Calcutta medical institutions reports 1871-78
Year: 1871
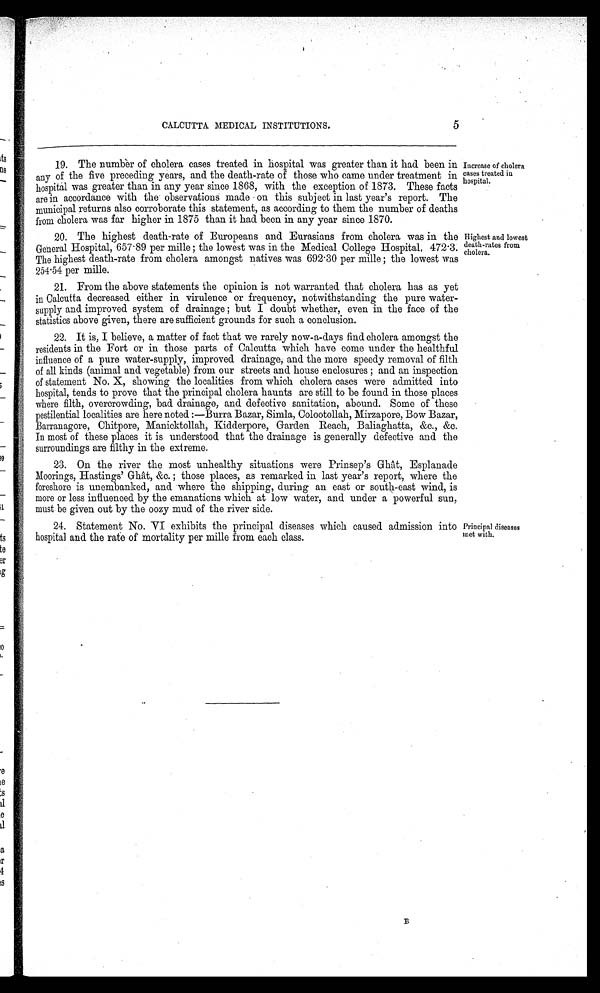
CALCUTTA MEDICAL INSTITUTIONS. 5
19. The number of cholera cases treated in hospital was greater than it had been in
any of the five preceding years, and the death-rate of those who came under treatment in
hospital was greater than in any year since 1868, with the exception of 1873. These facts
are in accordance with the observations made on this subject in last year's report. The
municipal returns also corroborate this statement, as according to them the number of deaths
from cholera was far higher in 1875 than it had been in any year since 1870.
20. The highest death-rate of Europeans and Eurasians from cholera was in the
General Hospital, 657.89 per mille; the lowest was in the Medical College Hospital, 472.3.
The highest death-rate from cholera amongst natives was 692.30 per mille; the lowest was
254.54 per mille.
21. From the above statements the opinion is not warranted that cholera has as yet
in Calcutta decreased either in virulence or frequency, notwithstanding the pure water-
supply and improved system of drainage; but I doubt whether, even in the face of the
statistics above given, there are sufficient grounds for such a conclusion.
22. It is, I believe, a matter of fact that we rarely now-a-days find cholera amongst the
residents in the Fort or in those parts of Calcutta which have come under the healthful
influence of a pure water-supply, improved drainage, and the more speedy removal of filth
of all kinds (animal and vegetable) from our streets and house enclosures; and an inspection
of statement No. X, showing the localities from which cholera cases were admitted into
hospital, tends to prove that the principal cholera haunts are still to be found in those places
where filth, overcrowding, bad drainage, and defective sanitation, abound. Some of these
pestilential localities are here noted:—Burra Bazar, Simla, Colootollah, Mirzapore, Bow Bazar,
Barranagore, Chitpore, Manicktollah, Kidderpore, Garden Reach, Baliaghatta, &c., &c.
In most of these places it is understood that the drainage is generally defective and the
surroundings are filthy in the extreme.
23. On the river the most unhealthy situations were Prinsep's Ghât, Esplanade
Moorings, Hastings' Ghât, &c.; those places, as remarked in last year's report, where the
foreshore is unembanked, and where the shipping, during an east or south-east wind, is
more or less influenced by the emanations which at low water, and under a powerful sun,
must be given out by the cozy mud of the river side.
24. Statement No. VI exhibits the principal diseases which caused admission into
hospital and the rate of mortality per mille from each class.
Increase of cholera
cases treated in
hospital.
Highest and lowest
death-rates from
cholera.
Principal diseases
met with.